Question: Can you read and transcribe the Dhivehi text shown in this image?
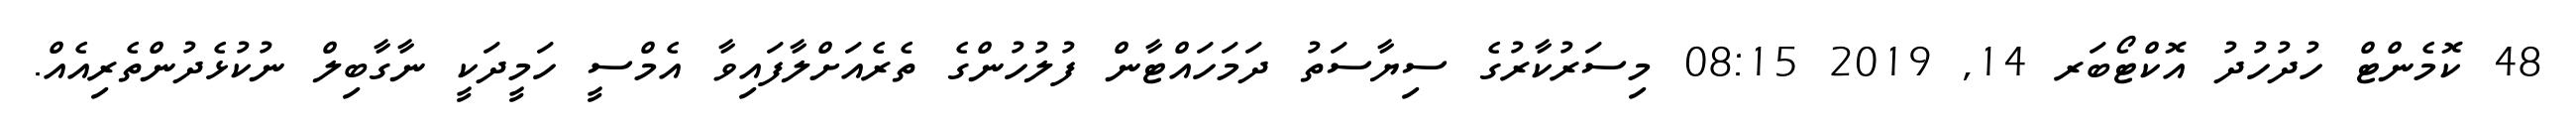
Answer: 48 ކޮމެންޓް ހުދުހުދު އޮކްޓޯބަރ 14, 2019 08:15 މިސަރުކާރުގެ ސިޔާސަތު ދަމަހައްޓާން ފުލުހުންގެ ތެރެއަށްލާފައިވާ އެމްސީ ހަމީދަކީ ނާގާބިލް ނުކުޅެދުންތެރިއެއް.